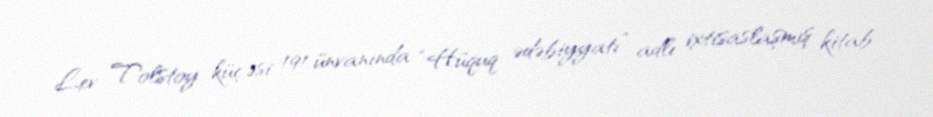
Lev Tolstoy küçəsi 191 ünvanında “Hüquq ədəbiyyatı” adlı ixtisaslaşmış kitab